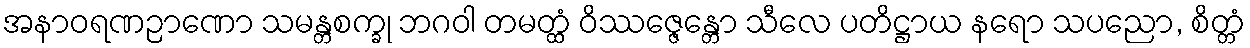
အနာဝရဏဉာဏော သမန္တစက္ခု ဘဂဝါ တမတ္ထံ ဝိဿဇ္ဇေန္တော သီလေ ပတိဋ္ဌာယ နရော သပညော, စိတ္တံ